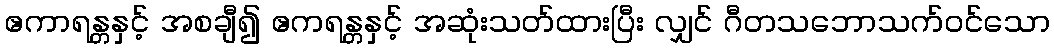
ဧကာရန္တနှင့် အစချီ၍ ဧကရန္တနှင့် အဆုံးသတ်ထားပြီး လျှင် ဂီတသဘောသက်ဝင်သော